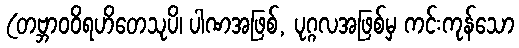
(တဗ္ဘာဝဝိရဟိတေသုပိ၊ ပါဏအဖြစ်, ပုဂ္ဂလအဖြစ်မှ ကင်းကုန်သော